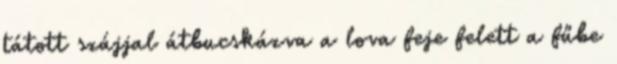
tátott szájjal átbucskázva a lova feje felett a fűbe